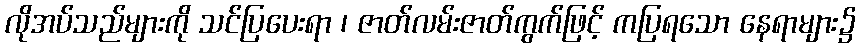
လိုအပ်သည်များကို သင်ပြပေးရာ ၊ ဇာတ်လမ်းဇာတ်ကွက်ဖြင့် ကပြရသော နေရာများ၌